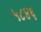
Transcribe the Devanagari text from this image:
५८४६